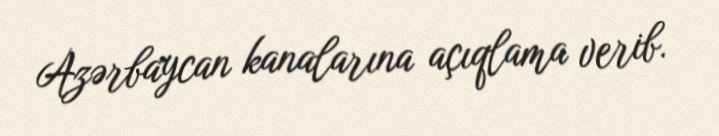
Azərbaycan kanalarına açıqlama verib.